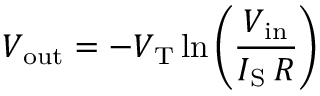
V _ { \mathrm { o u t } } = - V _ { \mathrm { T } } \ln \left( { \frac { V _ { \mathrm { i n } } } { I _ { \mathrm { S } } \, R } } \right)